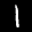
Label: 1